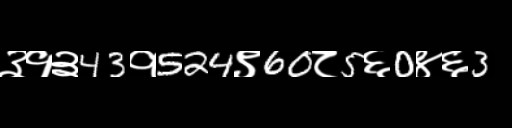
Text: ३१३43१524९60८5६0४६3